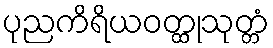
ပုညကိရိယဝတ္ထုသုတ္တံ